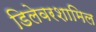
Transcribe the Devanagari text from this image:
डिलेवरशामिल